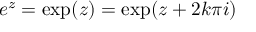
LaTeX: e ^ { z } = \exp ( z ) = \exp ( z + 2 k \pi i )